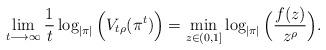
LaTeX: \begin{align*} \lim_{t \longrightarrow \infty} \frac{1}{t} \log_{|\pi|} \Big(V_{t \rho}(\pi^t)\Big) = \min_{z \in (0,1]} \log_{|\pi|}\Big( \frac{f(z)}{z^\rho} \Big).\end{align*}